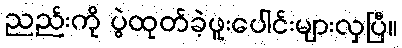
ညည်းကို ပွဲထုတ်ခဲ့ဖူးပေါင်းများလှပြီ။